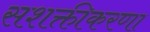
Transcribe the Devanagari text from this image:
सशक्तीकरणा